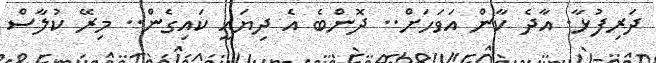
ދަރިފުޅާ. އާދެ ކާން އަވަހަށް.. ދޮންބެ އެ ދިޔައީ ކައިގެން.. މިރޭ ކުލާސް